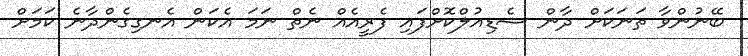
ބޭނުންވާ ތަނަކަށް ދާން ޝެޑިއުލްކޮށްފައި ފެރީއެއް ނެތް ނަމަ އެކަން އެނގިގެންދާނެ ކަމަށް